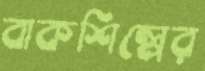
বাকশিল্পের